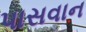
પાસવાન